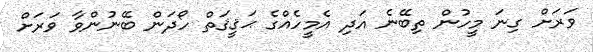
ވަރަށް ގިނަ މީހުން ތިބޭނެ އަދި އެމީހެއްގެ ޙަޤީޤަތް ހޯދަން ބޭނުންވާ ވަރަށް